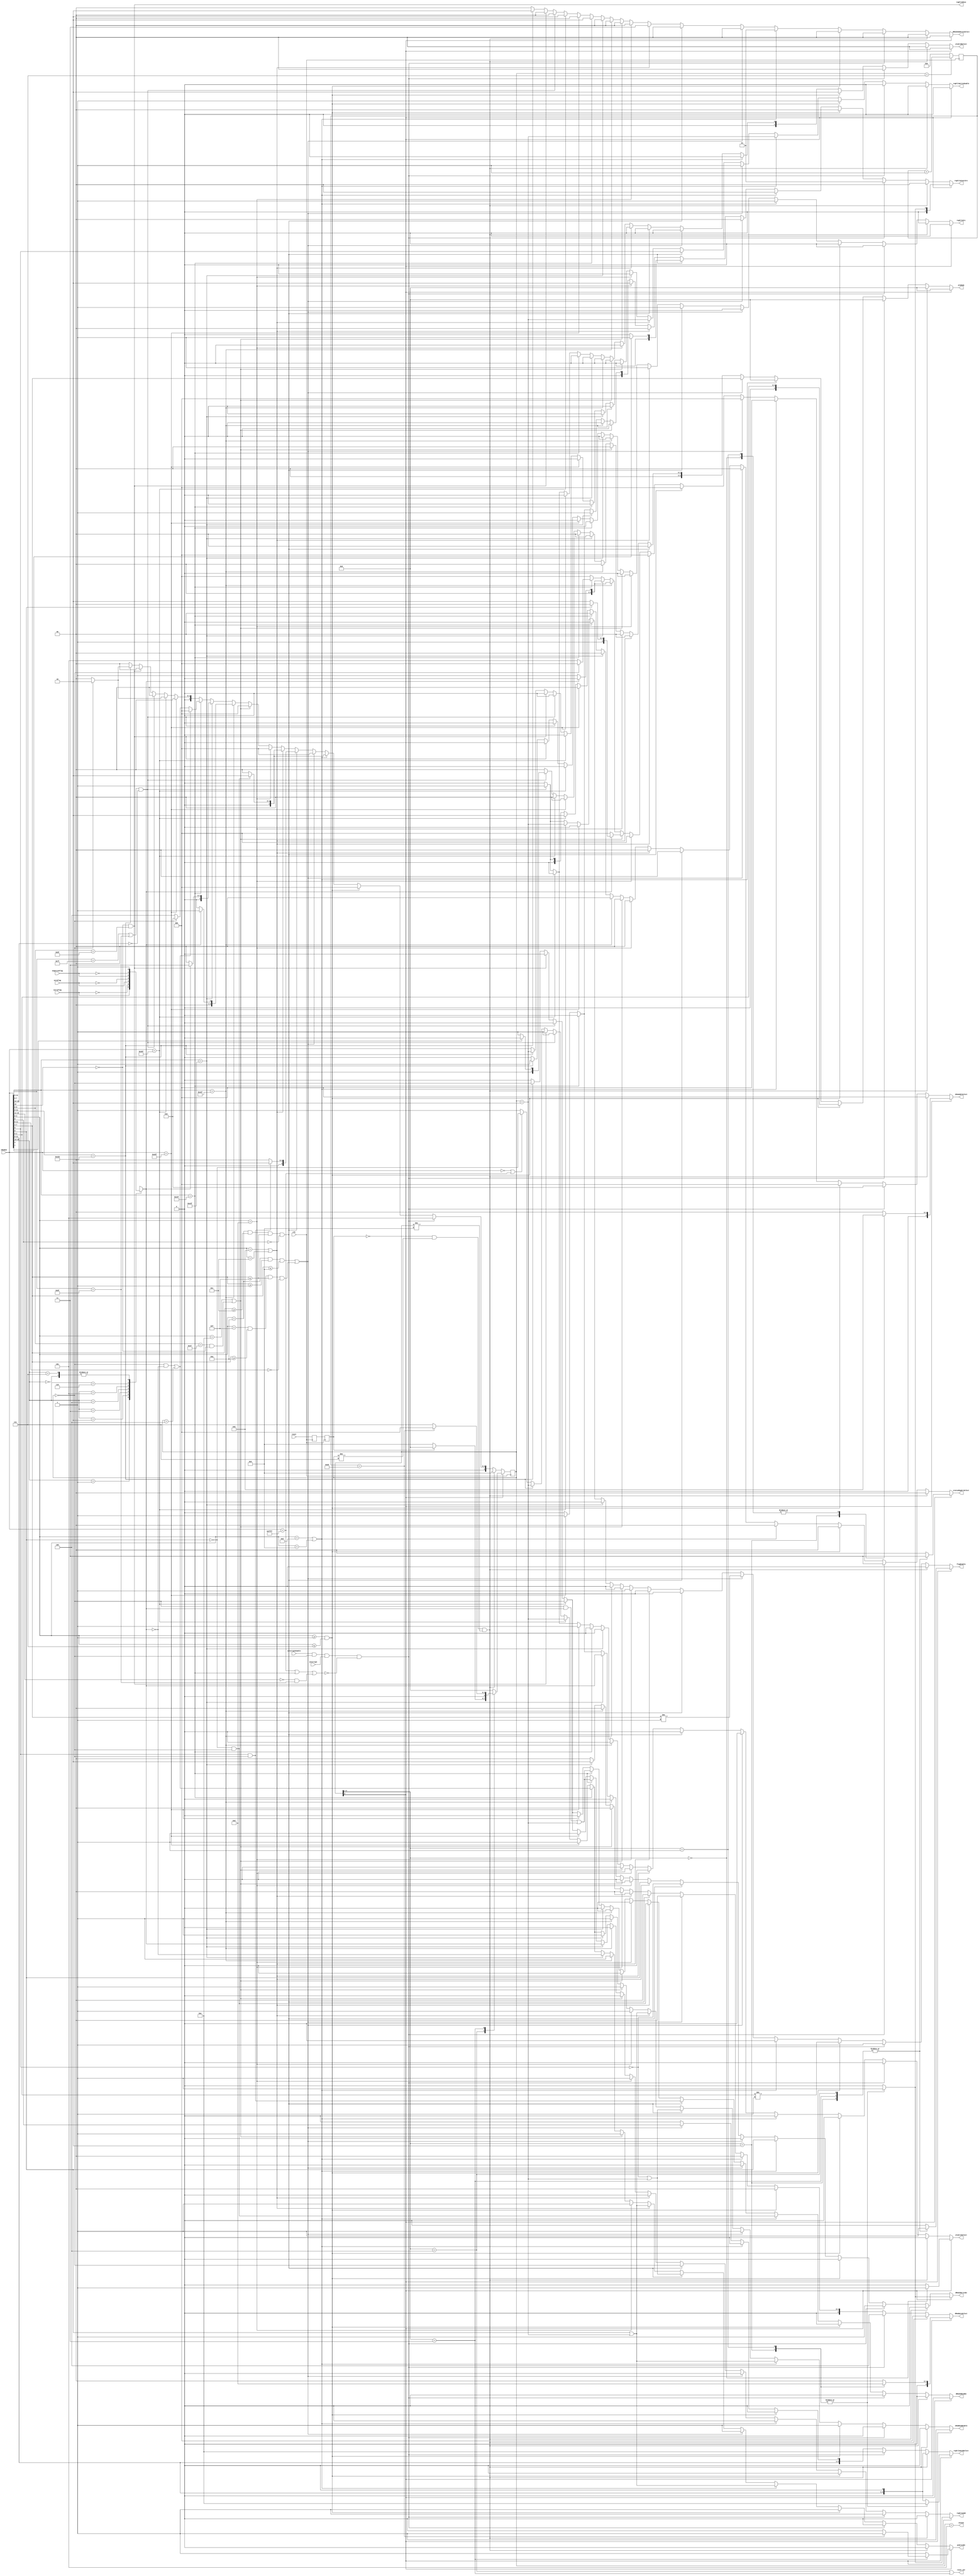
module control(input wire clk,
               input wire reset,
               input wire [15:0] iMemOut,
               input wire carryFlag,
               input wire zeroFlag,
               input wire negativeFlag,
               input wire interruptEnable,
               output reg regFileSrc,
               output reg [3:0] regFileOutBSelect,
               output reg regFileWriteEnable,
               output wire regFileMove,
               output reg regFileAdd,
               output reg [1:0] regFileConstSrc,            
               output reg aluSrcASelect,
               output reg [1:0] aluSrcBSelect,
               output reg [3:0] aluMode,
               output reg [2:0] dMemDataSelect,
               output reg [1:0] dMemIOAddressSelect,
               output reg dMemIOWriteEn,
               output reg dMemIOReadEn,
               output reg [1:0] statusRegSrcSelect,
               output reg flagEnable,
               output reg [2:0] iMemAddrSelect,
               output reg iMemReadEnable,
               output reg pcWriteEn,
               input wire interrupt,
               output wire intAck,
               output wire reset_out
);    
    //****************************************************************************************************
    // States
    localparam PART1 = 4'b0000;           // Part 1 of instruction (may be single or multi-cycle)
    localparam PART2 = 4'b0010;           // Part 2 of generic multi-cycle instruction
    localparam PART3 = 4'b0100;           // Part 3 of generic multi-cycle instruction

    localparam JMP = 4'b0001;             // Fetch address, and perform a jump
    localparam CALL = 4'b0011;            // Fetch address, and perform a call
    localparam INTERRUPT = 4'b0101;       // Push MSBs of return address, and jump to the ISR
    localparam START = 4'b0111;           // Initial state, wait 40 cycles, and fetch first instruction
    localparam RESET = 4'b1001;           // Reset State

    reg [3:0] state = START;
    reg [3:0] nextState;
    always @(posedge clk) begin
        state <= nextState;
    end
    //****************************************************************************************************
    // Reset Control
    reg reset_d0 = 1;
    reg reset_d1 = 1;
    always @(posedge clk) begin
        reset_d0 <= reset;
        reset_d1 <= reset_d0;
    end

    assign reset_out = (state[3:1] == RESET[3:1] || state[3:1] == START[3:1]);
    //****************************************************************************************************
    // Delayed start counter
    reg [5:0] delay = 0;
    always @(posedge clk) begin
        if(state == START) begin
            delay = delay + 1;
        end
        else begin
            delay <= 0;
        end
    end
    //****************************************************************************************************
    // Logic for jmp, call, and ret conditions
    reg condition;
    always @(*) begin
        case(iMemOut[15:13])
        3'b000:    condition = 1'b1;
        3'b001:    condition = (carryFlag);
        3'b010:    condition = (~carryFlag);
        3'b011:    condition = (zeroFlag);
        3'b100:    condition = (~zeroFlag);
        3'b101:    condition = (negativeFlag);
        3'b110:    condition = (~negativeFlag);
        3'b111:    condition = 1'b1;
        endcase 
    end
    //****************************************************************************************************
    // Interrupt control
    assign intAck = (state == INTERRUPT);

    //****************************************************************************************************
    // Main Decoder
    wire R_I_TYPE =   (iMemOut[3:0] >= 4'b001 && iMemOut[3:0] <= 4'b0111);
    wire IO_TYPE =    (iMemOut[3:0] == 4'b1000 || iMemOut[3:0] == 4'b1001);
    wire R_R_TYPE =   (iMemOut[3:0] == 4'b1010 && iMemOut[7:4] >= 4'b0001 && iMemOut[7:4] <= 4'b1001);
    wire R_P_TYPE =   (iMemOut[3:0] == 4'b1010 && iMemOut[7:4] >= 4'b1100 && iMemOut[7:4] <= 4'b1111 && iMemOut[8] == 1'b0);
    wire R_P_K_TYPE = (iMemOut[3:0] == 4'b1011 || iMemOut[3:0] == 4'b1100);
    wire P_I_TYPE =   (iMemOut[3:0] == 4'b1101);
    wire BR_TYPE =    (iMemOut[3:0] == 4'b1110);
    wire R_TYPE =     (iMemOut[3:0] == 4'b1111 && iMemOut[7:4] >= 4'b1010 && iMemOut[7:4] <= 4'b1111 && iMemOut[11:8] == 4'b0000);
    wire JMPI_TYPE =  (iMemOut[8:0] == 9'b0_0001_1111 && iMemOut[12] == 1'b0);
    wire JMP_TYPE =   (iMemOut[12:0] == 13'b0_1110_0010_1111);
    wire CALL_TYPE =  (iMemOut[12:0] == 13'b0_1110_0011_1111);
    wire RET_TYPE =   (iMemOut[12:0] == 13'b0_1110_0100_1111);
    wire PUS_TYPE =   (iMemOut[15:0] == 16'b0000_1110_0101_1111);
    wire POS_TYPE =   (iMemOut[15:0] == 16'b0000_1110_0110_1111);
    wire M_TYPE =     (iMemOut[7:0] == 8'b0111_1111 || iMemOut[7:0] == 8'b1000_1111) && (iMemOut[15:12] == 4'b0000);
    wire P_P_TYPE =   (iMemOut[12] == 1'b0 && iMemOut[8:0] == 9'b0_1001_1111);
    wire POP_TYPE =   (iMemOut[11:0] == 12'b1110_0010_0000);
    wire NOP_TYPE =   (iMemOut[15:0] == 16'b0000_0000_0000_0000);
    wire HLT_TYPE =   (iMemOut[15:0] == 16'b1111_1111_1111_1111);
    //****************************************************************************************************
    // The HLT instruction cannot be interrupted, and neither can the clear status register
    // instruction (CSR), if it is clearing the global interrupt enable flag.
    wire uninterruptible = (HLT_TYPE) || (RET_TYPE) || (iMemOut[15:11] == 4'b0 && iMemOut[7:0] == 8'b10001111);
    //****************************************************************************************************
    assign regFileMove = P_P_TYPE;
    //****************************************************************************************************
    always @(*) begin
        if(state[0] == 1'b0) begin
            if(reset_d1 == 1'b0 && state != START && state != RESET) begin
                regFileSrc = 1'b0;                  // aluOut
                regFileOutBSelect = {iMemOut[11:9],1'b0};  // Doesn't really matter
                regFileWriteEnable = 1'b0;
                regFileAdd = 1'b0;
                regFileConstSrc = 2'b00;
                aluSrcASelect = 1'b0;               // From the register file
                aluSrcBSelect = 2'b00;              // regFileOutB
                aluMode = 4'b0000;                  // Pass A, doesn't matter
                dMemDataSelect = 3'b000;            // aluOut, doesn't matter
                dMemIOAddressSelect = 2'b00;        // {regFileOutC,regFileOutB}, SP
                dMemIOWriteEn = 1'd0;
                dMemIOReadEn = 1'b0;
                statusRegSrcSelect = 2'b00;         // ALU flags out and save interrupt enable status
                flagEnable = 1'b0;
                iMemAddrSelect = 3'b000;            // pcOut, pcPlusOne
                iMemReadEnable = 1'b0;              // Wait till second stage to make the jump
                pcWriteEn = 1'd0;
                nextState = RESET;
            end
            else if(interruptEnable && state == PART1 && interrupt && ~uninterruptible) begin
                regFileSrc = 1'b0;                  // aluOut
                regFileOutBSelect = 4'b1110;        // lower SP reg
                regFileWriteEnable = 1'b0;
                regFileAdd = 1'b1;                  // Need to push to the stack
                regFileConstSrc = 2'b01;            // SP--
                aluSrcASelect = 1'b0;               // From the register file
                aluSrcBSelect = 2'b00;              // regFileOutB
                aluMode = 4'b0000;                  // Pass A, doesn't matter
                dMemDataSelect = 3'b100;            // From LSBs of the current address
                dMemIOAddressSelect = 2'b00;        // {regFileOutC,regFileOutB}, SP
                dMemIOWriteEn = 1'd1;               // Need to push to the stack
                dMemIOReadEn = 1'b0;
                statusRegSrcSelect = 2'b11;         // Disable interrupts and save all other flags
                flagEnable = 1'b1;                  // Disable interrupts
                iMemAddrSelect = 3'b010;            // interruptVector
                iMemReadEnable = 1'b0;              // Wait till second stage to make the jump
                pcWriteEn = 1'd0;
                nextState = INTERRUPT;
            end
            else if(R_I_TYPE) begin
                regFileSrc = 1'b0;                  // aluOut
                regFileOutBSelect = {iMemOut[11:9],1'b0};  // Doesn't really matter
                regFileWriteEnable = 1'b1;
                regFileAdd = 1'b0;
                regFileConstSrc = 2'b00;            // Doesn't matter
                aluSrcASelect = 1'b0;               // From the register file
                aluSrcBSelect = 2'b10;              // From immediate 8-bit data
                aluMode = {1'b0,iMemOut[2:0]};
                dMemDataSelect = 3'b000;            // aluOut, doesn't matter
                dMemIOAddressSelect = 2'b00;        // {regFileOutC,regFileOutB}, doesn't matter
                dMemIOWriteEn = 1'd0;
                dMemIOReadEn = 1'b0;
                statusRegSrcSelect = 2'b00;         // ALU flags out and save interrupt enable status
                flagEnable = (iMemOut[2:0] != 3'b001);  // Don't set flags on LDI
                iMemAddrSelect = 3'b000;            // pcOut, pcPlusOne
                iMemReadEnable = 1'b1;
                pcWriteEn = 1'd1;
                nextState = PART1;
            end
            else if(IO_TYPE) begin
                regFileSrc = 1'b1;                  // dMemIOOut
                regFileOutBSelect = {iMemOut[11:9],1'b0};  // Doesn't really matter.
                regFileWriteEnable = (state == PART2);
                regFileAdd = 1'b0;
                regFileConstSrc = 2'b00;
                aluSrcASelect = 1'b0;               // From the register file
                aluSrcBSelect = 2'b00;              // regFileOutB
                aluMode = 4'b0000;                  // Pass A
                dMemDataSelect = 3'b000;            // aluOut
                dMemIOAddressSelect = 2'b01;        // {8'd0,iMemOut[11:4]};
                dMemIOWriteEn = iMemOut[0];         // If out
                dMemIOReadEn = (~iMemOut[0] && (state == PART1));   // If In and PART1
                statusRegSrcSelect = 2'b00;         // ALU flags out and save interrupt enable status, doesn't matter.
                flagEnable = 1'b0;
                iMemAddrSelect = 3'b000;            // pcOut, pcPlusOne
                iMemReadEnable = (iMemOut[0] || state == PART2);  // If OUT or if IN and PART2
                pcWriteEn = (iMemOut[0] || state == PART2);       // If OUT or if IN and PART2
                nextState = (~iMemOut[0] && (state == PART1)) ? PART2 : PART1;
            end
            else if(R_R_TYPE || R_TYPE) begin
                regFileSrc = 1'b0;                  // aluOut
                regFileOutBSelect = iMemOut[11:8];  // SSSS, or in the case of Type R, just 0000
                regFileWriteEnable = 1'b1;
                regFileAdd = 1'b0;
                regFileConstSrc = 2'b00;
                aluSrcASelect = 1'b0;               // regFileOutA
                aluSrcBSelect = 2'b00;              // regFileOutB
                aluMode = iMemOut[7:4];
                dMemDataSelect = 3'b000;            // aluOut, doesn't really matter
                dMemIOAddressSelect = 2'b00;        // {regFileOutC,regFileOutB}, but doesn't really matter
                dMemIOWriteEn = 1'b0;
                dMemIOReadEn = 1'b0;
                statusRegSrcSelect = 2'b00;         // ALU flags out and save interrupt enable status
                flagEnable = (iMemOut[7:4] != 4'b0001);   // MOV doesn't affect flags
                iMemAddrSelect = 3'b000;            // pcOut
                iMemReadEnable = 1'b1;
                pcWriteEn = 1'b1;
                nextState = PART1;
            end
            else if(R_P_TYPE) begin
                regFileSrc = 1'b1;                  // dMemIOOut
                regFileOutBSelect = {iMemOut[11:9],1'b0};  // PPP0
                regFileWriteEnable = iMemOut[5];    // If Load
                regFileAdd = (state == PART1);
                regFileConstSrc = (iMemOut[4] == 1'b0) ? 2'b00 : 2'b01;
                aluSrcASelect = 1'b0;               // regFileOutA
                aluSrcBSelect = 2'b00;              // regFileOutB, doesn't really matter
                aluMode = 4'b0000;                  // Pass A
                dMemDataSelect = 3'b000;            // aluOut
                dMemIOAddressSelect = 2'b00;        // {regFileOutC,regFileOutB}
                dMemIOWriteEn = ~iMemOut[5];        // If Store
                dMemIOReadEn = (iMemOut[5] && (state == PART1));    // If Load and PART1
                statusRegSrcSelect = 2'b00;         // ALU flags out and save interrupt enable status
                flagEnable = 1'b0;
                iMemAddrSelect = 3'b000;            // pcOut
                iMemReadEnable = (~iMemOut[5] || (state == PART2)); // If Store or PART2 of Load
                pcWriteEn = (~iMemOut[5] || (state == PART2)); // If Store or PART2 of Load
                nextState = (iMemOut[5] && (state == PART1)) ? PART2 : PART1;
            end
            else if(R_P_K_TYPE) begin
                regFileSrc = 1'b1;                  // dMemIOOut
                regFileOutBSelect = {iMemOut[11:9],1'b0};    // PPP0
                regFileWriteEnable = (state == PART2);       // If PART2 of Load
                regFileAdd = 1'b0;
                regFileConstSrc = 2'b00;
                aluSrcASelect = 1'b0;               // regFileOutA
                aluSrcBSelect = 2'b00;              // regFileOutB, doesn't really matter
                aluMode = 4'b0000;                  // Pass A
                dMemDataSelect = 3'b000;            // aluOut
                dMemIOAddressSelect = 2'b11;        // BC pointer + k
                dMemIOWriteEn = iMemOut[0];         // If Store
                dMemIOReadEn = (~iMemOut[0] && (state == PART1));   // If Load and PART1
                statusRegSrcSelect = 2'b00;         // ALU flags out and save interrupt enable status
                flagEnable = 1'b0;
                iMemAddrSelect = 3'b000;            // pcOut
                iMemReadEnable = (iMemOut[0] || (state == PART2));  // If Store or PART2 of Load
                pcWriteEn = (iMemOut[0] || (state == PART2));  // If Store or PART2 of Load
                nextState = (~iMemOut[0] && (state == PART1)) ? PART2 : PART1;
            end
            else if(P_I_TYPE) begin
                regFileSrc = 1'b0;                          // aluOut, doesn't matter
                regFileOutBSelect = {iMemOut[11:9],1'b0};   // PPP0
                regFileWriteEnable = 1'b0;
                regFileAdd = 1'b1;
                regFileConstSrc = 2'b10;
                aluSrcASelect = 1'b0;                       // regFileOutA, doesn't really matter
                aluSrcBSelect = 2'b00;                      // regFileOutB, doesn't really matter
                aluMode = 4'b0000;                          // Pass A, doesn't really matter
                dMemDataSelect = 3'b000;                    // aluOut, doesn't really matter
                dMemIOAddressSelect = 2'b00;                // BC pointer, doesn't really matter
                dMemIOWriteEn = 1'b0;
                dMemIOReadEn = 1'b0;
                statusRegSrcSelect = 2'b00;                 // ALU flags out and save interrupt enable status
                flagEnable = 1'b1;
                iMemAddrSelect = 3'b000;                    // pcOut
                iMemReadEnable = 1'b1;
                pcWriteEn = 1'b1;
                nextState = PART1;
            end
            else if(BR_TYPE || JMPI_TYPE) begin
                regFileSrc = 1'b0;                          // aluOut, doesn't really matter
                regFileOutBSelect = {iMemOut[11:9],1'b0};   // Doesn't matter
                regFileWriteEnable = 1'b0;
                regFileAdd = 1'b0;
                regFileConstSrc = 2'b00;
                aluSrcASelect = 1'b0;                       // regFileOutA, doesn't really matter
                aluSrcBSelect = 2'b00;                      // regFileOutB, doesn't really matter
                aluMode = 4'b0000;                          // Pass A, doesn't really matter
                dMemDataSelect = 3'b000;                    // aluOut, doesn't really matter
                dMemIOAddressSelect = 2'b00;                // {regFileOutC,regFileOutB}
                dMemIOWriteEn = 1'b0;
                dMemIOReadEn = 1'b0;
                statusRegSrcSelect = 2'b00;                 // ALU flags out and save interrupt enable status
                flagEnable = 1'b0;
                iMemAddrSelect = (condition) ? ((~iMemOut[0]) ? 3'b110 : 3'b100) : 3'b000;
                iMemReadEnable = 1'b1;
                pcWriteEn = 1'b1;
                nextState = PART1;
            end
            else if(JMP_TYPE) begin
                regFileSrc = 1'b0;                              // aluOut, doesn't really matter
                regFileOutBSelect = {iMemOut[11:9],1'b0};       // Doesn't matter
                regFileWriteEnable = 1'b0;
                regFileAdd = 1'b0;
                regFileConstSrc = 2'b00;
                aluSrcASelect = 1'b0;                           // regFileOutA, doesn't really matter
                aluSrcBSelect = 2'b00;                          // regFileOutB, doesn't really matter
                aluMode = 4'b0000;                              // Pass A, doesn't really matter
                dMemDataSelect = 3'b000;                        // aluOut, doesn't really matter
                dMemIOAddressSelect = 2'b00;                    // {regFileOutC,regFileOutB}, doesn't really matter
                dMemIOWriteEn = 1'b0;
                dMemIOReadEn = 1'b0;
                statusRegSrcSelect = 2'b00;                     // ALU flags out and save interrupt enable status
                flagEnable = 1'b0;
                iMemAddrSelect = (condition) ? 3'b000 : 3'b001; // ? pcOut : pcPlusOne
                iMemReadEnable = 1'b1;
                pcWriteEn = 1'b1;
                nextState = (condition) ? JMP : PART1;
            end
            else if(CALL_TYPE) begin
                regFileSrc = 1'b0;                  // aluOut, doesn't really matter
                regFileOutBSelect = {iMemOut[11:9],1'b0};  // lower SP reg
                regFileWriteEnable = 1'b0;
                regFileAdd = condition;
                regFileConstSrc = 2'b01;
                aluSrcASelect = 1'b0;               // From the register file, doesn't really matter
                aluSrcBSelect = 2'b00;              // regFileOutB, doesn't really matter
                aluMode = 4'b0000;                  // Pass A, doesn't really matter
                dMemDataSelect = 3'b010;            // From LSBs of the PC + 1
                dMemIOAddressSelect = 2'b00;        // {regFileOutC,regFileOutB}, SP
                dMemIOWriteEn = condition;
                dMemIOReadEn = 1'b0;
                statusRegSrcSelect = 2'b00;         // ALU flags out and save interrupt enable status
                flagEnable = 1'b0;
                iMemAddrSelect = (condition) ? 3'b000 : 3'b001;
                iMemReadEnable = 1'b1;
                pcWriteEn = ~condition;             // Dont write to the PC if condition, because we still need to get the MSBs
                nextState = (condition) ? CALL : PART1;
            end
            else if(RET_TYPE) begin
                regFileSrc = 1'b0;                  // aluOut, doesn't really matter
                regFileOutBSelect = {iMemOut[11:9],1'b0};  // lower SP reg so outputs SP for BC
                regFileWriteEnable = 1'b0;
                regFileAdd = (state == PART1 && condition) || (state == PART2);
                regFileConstSrc = 2'b00;
                aluSrcASelect = 1'b0;               // From the register file
                aluSrcBSelect = 2'b00;              // regFileOutB, doesn't really matter
                aluMode = 4'b0000;                  // Pass A, doesn't really matter
                dMemDataSelect = 3'b000;            // aluOut
                dMemIOAddressSelect = 2'b10;        // {regFileOutC,regFileOutB} + 1, SP + 1
                dMemIOWriteEn = 1'b0;
                dMemIOReadEn = (state == PART1 && condition) || (state == PART2);
                statusRegSrcSelect = 2'b00;         // ALU flags out and save interrupt enable status
                flagEnable = 1'b0;
                iMemAddrSelect = (state == PART1) ? 3'b000 : 3'b101;   // PART1: pcOut, PART2 || PART3: {returnReg,dMemIOOut}
                iMemReadEnable = (state == PART1 && ~condition) || (state == PART3);
                pcWriteEn = (state == PART1 && ~condition) || (state == PART3);
                nextState = ((state == PART1 && ~condition) || (state == PART3)) ? PART1 : ((state == PART1) ? PART2 : PART3);
            end
            else if(PUS_TYPE) begin
                regFileSrc = 1'b0;                  // aluOut, doesn't really matter
                regFileOutBSelect = {iMemOut[11:9],1'b0};  // lower SP reg so outputs SP for BC
                regFileWriteEnable = 1'b0;
                regFileAdd = 1'b1;
                regFileConstSrc = 2'b01;
                aluSrcASelect = 1'b1;               // From zero-extended status register
                aluSrcBSelect = 2'b00;              // regFileOutB, doesn't really matter
                aluMode = 4'b0000;                  // pass A
                dMemDataSelect = 3'b000;            // aluOut
                dMemIOAddressSelect = 2'b00;        // BC pointer
                dMemIOWriteEn = 1'b1;
                dMemIOReadEn = 1'b0;
                statusRegSrcSelect = 2'b00;         // ALU flags out and save interrupt enable status
                flagEnable = 1'b0;
                iMemAddrSelect = 3'b000;            // pcOut
                iMemReadEnable = 1'b1;
                pcWriteEn = 1'b1;
                nextState = PART1;
            end
            else if(POS_TYPE) begin
                regFileSrc = 1'b0;                  // aluOut, doesn't really matter
                regFileOutBSelect = {iMemOut[11:9],1'b0};  // lower SP reg so outputs SP for BC
                regFileWriteEnable = 1'b0;
                regFileAdd = (state == PART1);
                regFileConstSrc = 2'b00;
                aluSrcASelect = 1'b0;               // From register file, doesn't really matter
                aluSrcBSelect = 2'b00;              // regFileOutB, doesn't really matter
                aluMode = 4'b0000;                  // Pass A, doesn't really matter
                dMemDataSelect = 3'b000;            // aluOut, doesn't really matter
                dMemIOAddressSelect = 2'b10;        // {regFileOutC,regFileOutB} + 1
                dMemIOWriteEn = 1'b0;
                dMemIOReadEn = (state == PART1);
                statusRegSrcSelect = 2'b10;         // dMemIOOut[3:0]
                flagEnable = (state == PART2);
                iMemAddrSelect = 3'b000;            // pcOut
                iMemReadEnable = (state == PART2);
                pcWriteEn = (state == PART2);
                nextState = (state == PART1) ? PART2 : PART1;
            end
            else if(M_TYPE) begin
                regFileSrc = 1'b0;                  // aluOut, doesn't really matter
                regFileOutBSelect = {iMemOut[11:9],1'b0};  // Doesn't really matter
                regFileWriteEnable = 1'b0;
                regFileAdd = 1'b0;
                regFileConstSrc = 2'b00;
                aluSrcASelect = 1'b1;               // From zero-extended status register
                aluSrcBSelect = 2'b01;              // {4'd0,iMemOut[11:8]}, immediate 4-bit mask
                aluMode = (~iMemOut[7]) ? 4'b0011 : 4'b0010;
                dMemDataSelect = 3'b000;            // aluOut, doesn't really matter
                dMemIOAddressSelect = 2'b00;        // {regFileOutC,regFileOutB}, doesn't really matter
                dMemIOWriteEn = 1'b0;
                dMemIOReadEn = 1'b0;
                statusRegSrcSelect = 2'b01;         // ALU output
                flagEnable = 1'b1;
                iMemAddrSelect = 3'b000;            // pcOut
                iMemReadEnable = 1'b1;
                pcWriteEn = 1'b1;
                nextState = PART1;
            end
            else if(P_P_TYPE) begin
                regFileSrc = 1'b0;                  // aluOut, doesn't really matter
                regFileOutBSelect = {iMemOut[11:9],1'b0};  // Doesn't really matter
                regFileWriteEnable = 1'b0;
                regFileAdd = 1'b0;
                regFileConstSrc = 2'b00;
                aluSrcASelect = 1'b0;               // regFileOutA, doesn't matter
                aluSrcBSelect = 2'b00;              // regFileOutB, doesn't matter
                aluMode = 4'b0000;                  // Pass A, doesn't really matter
                dMemDataSelect = 3'b000;            // aluOut, doesn't really matter
                dMemIOAddressSelect = 2'b00;        // {regFileOutC,regFileOutB}, doesn't really matter
                dMemIOWriteEn = 1'b0;
                dMemIOReadEn = 1'b0;
                statusRegSrcSelect = 2'b00;         // ALU flags out and save interrupt enable status
                flagEnable = 1'b0;
                iMemAddrSelect = 3'b000;            // pcOut
                iMemReadEnable = 1'b1;
                pcWriteEn = 1'b1;
                nextState = PART1;
            end
            else if(POP_TYPE) begin
                regFileSrc = 1'b1;                  // dMemIOOut
                regFileOutBSelect = {iMemOut[11:9],1'b0}; // lower SP reg
                regFileWriteEnable = (state == PART2);    // Write during PART2
                regFileAdd = (state == PART1);      // Increment during PART1
                regFileConstSrc = 2'b00;
                aluSrcASelect = 1'b0;               // regFileOutA, doesn't matter
                aluSrcBSelect = 2'b00;              // regFileOutB, doesn't matter
                aluMode = 4'b0000;                  // Pass A, doesn't really matter
                dMemDataSelect = 3'b000;            // aluOut, doesn't really matter
                dMemIOAddressSelect = 2'b10;        // {regFileOutC,regFileOutB} + 1
                dMemIOWriteEn = 1'b0;
                dMemIOReadEn = (state == PART1);    // Read during PART1
                statusRegSrcSelect = 2'b00;         // ALU flags out and save interrupt enable status
                flagEnable = 1'b0;
                iMemAddrSelect = 3'b000;            // pcOut
                iMemReadEnable = (state == PART2);
                pcWriteEn = (state == PART2);
                nextState = (state == PART1) ? PART2 : PART1;
            end
            else if(NOP_TYPE || HLT_TYPE) begin
                regFileSrc = 1'b0;                  // aluOut, doesn't really matter
                regFileOutBSelect = {iMemOut[11:9],1'b0};  // Doesn't really matter
                regFileWriteEnable = 1'b0;
                regFileAdd = 1'b0;
                regFileConstSrc = 2'b00;
                aluSrcASelect = 1'b0;               // regFileOutA
                aluSrcBSelect = 2'b00;              // regFileOutB
                aluMode = 4'b0000;                  // Pass A, doesn't really matter
                dMemDataSelect = 3'b000;            // aluOut, doesn't really matter
                dMemIOAddressSelect = 2'b00;        // {regFileOutC,regFileOutB}, doesn't really matter
                dMemIOWriteEn = 1'b0;
                dMemIOReadEn = 1'b0;
                statusRegSrcSelect = 2'b00;         // ALU flags out and save interrupt enable status
                flagEnable = 1'b0;
                iMemAddrSelect = 3'b000;            // pcOut
                iMemReadEnable = ~iMemOut[0];
                pcWriteEn = ~iMemOut[0];
                nextState = PART1;
            end
            else begin
                regFileSrc = 1'b0;                  // aluOut, doesn't really matter
                regFileOutBSelect = {iMemOut[11:9],1'b0};  // Doesn't really matter
                regFileWriteEnable = 1'b0;
                regFileAdd = 1'b0;
                regFileConstSrc = 2'b00;
                aluSrcASelect = 1'b0;               // regFileOutA
                aluSrcBSelect = 2'b00;              // regFileOutB
                aluMode = 4'b0000;                  // Pass A, doesn't really matter
                dMemDataSelect = 3'b000;            // aluOut, doesn't really matter
                dMemIOAddressSelect = 2'b00;        // {regFileOutC,regFileOutB}, doesn't really matter
                dMemIOWriteEn = 1'b0;
                dMemIOReadEn = 1'b0;
                statusRegSrcSelect = 2'b00;         // ALU flags out and save interrupt enable status
                flagEnable = 1'b0;
                iMemAddrSelect = 3'b000;            // pcOut
                iMemReadEnable = 1'b1;
                pcWriteEn = 1'b1;
                nextState = PART1;
            end
        end
        else begin
            case(state[3:1])
                RESET[3:1]: begin
                    regFileSrc = 1'b0;                  // aluOut, doesn't really matter
                    regFileOutBSelect = {iMemOut[11:9],1'b0}; // Doesn't really matter
                    regFileWriteEnable = 1'b0;
                    regFileAdd = 1'b0;
                    regFileConstSrc = 2'b00;
                    aluSrcASelect = 1'b0;               // regFileOutA
                    aluSrcBSelect = 2'b00;              // regFileOutB
                    aluMode = 4'b0000;                  // Pass A, doesn't really matter
                    dMemDataSelect = 3'b000;            // aluOut, doesn't really matter
                    dMemIOAddressSelect = 2'b00;        // {regFileOutC,regFileOutB}, doesn't really matter
                    dMemIOWriteEn = 1'b0;
                    dMemIOReadEn = 1'b0;
                    statusRegSrcSelect = 2'b11;         // Disable interrupts and save all other flags
                    flagEnable = 1'b1;
                    iMemAddrSelect = 3'b000;            // pcOut
                    iMemReadEnable = 1'b1;
                    pcWriteEn = 1;
                    nextState = (reset_d1 == 1'd1) ? PART1 : RESET;
                end
                START[3:1]: begin
                    regFileSrc = 1'b0;                         // aluOut, doesn't really matter
                    regFileOutBSelect = {iMemOut[11:9],1'b0};  // Doesn't really matter
                    regFileWriteEnable = 1'b0;
                    regFileAdd = 1'b0;
                    regFileConstSrc = 2'b00;
                    aluSrcASelect = 1'b0;               // regFileOutA
                    aluSrcBSelect = 2'b00;              // regFileOutB
                    aluMode = 4'b0000;                  // Pass A, doesn't really matter
                    dMemDataSelect = 3'b000;            // aluOut, doesn't really matter
                    dMemIOAddressSelect = 2'b00;        // {regFileOutC,regFileOutB}, doesn't really matter
                    dMemIOWriteEn = 1'b0;
                    dMemIOReadEn = 1'b0;
                    statusRegSrcSelect = 2'b11;         // Disable interrupts and save all other flags
                    flagEnable = 1'b1;
                    iMemAddrSelect = 3'b000;            // pcOut
                    iMemReadEnable = 1'b1;
                    pcWriteEn = (delay == 6'd40) ? 1 : 0;
                    nextState = (delay == 6'd40) ? PART1 : START;
                end
                INTERRUPT[3:1]: begin
                    regFileSrc = 1'b0;                  // aluOut
                    regFileOutBSelect = 4'b1110;        // lower SP reg
                    regFileWriteEnable = 1'b0;
                    regFileAdd = 1'b1;                  // SP--
                    regFileConstSrc = 2'b01;            // SP--
                    aluSrcASelect = 1'b0;               // From the register file
                    aluSrcBSelect = 2'b00;              // regFileOutB
                    aluMode = 4'b0000;                  // Pass A
                    dMemDataSelect = 3'b011;            // From MSBs of the current address
                    dMemIOAddressSelect = 2'b00;        // {regFileOutC,regFileOutB}, SP
                    dMemIOWriteEn = 1'd1;               // Need to push to the stack
                    dMemIOReadEn = 1'b0;
                    statusRegSrcSelect = 2'b11;         // Disable interrupts and save all other flags
                    flagEnable = 1'b1;                  // Need to disable interrupts
                    iMemAddrSelect = 3'b010;            // interruptVector
                    iMemReadEnable = 1'b1;
                    pcWriteEn = 1'd1;
                    nextState = PART1;
                end
                JMP[3:1]: begin
                    regFileSrc = 1'b0;                              // aluOut, doesn't really matter
                    regFileOutBSelect = {iMemOut[11:9],1'b0};       // same as inSelect, doesn't matter
                    regFileWriteEnable = 1'b0;
                    regFileAdd = 1'b0;
                    regFileConstSrc = 2'b00;
                    aluSrcASelect = 1'b1;                           // From zero-extended status register
                    aluSrcBSelect = 2'b00;                          // regFileOutB, doesn't really matter
                    aluMode = 4'b0000;                              // Pass B, doesn't really matter
                    dMemDataSelect = 3'b000;                        // aluOut, doesn't really matter
                    dMemIOAddressSelect = 2'b00;                    // {regFileOutC,regFileOutB}, doesn't really matter
                    dMemIOWriteEn = 1'b0;
                    dMemIOReadEn = 1'b0;
                    statusRegSrcSelect = 2'b00;                     // ALU flags out and save interrupt enable status
                    flagEnable = 1'b0;
                    iMemAddrSelect = 3'b011;                        // iMemOut
                    iMemReadEnable = 1'b1;
                    pcWriteEn = 1'b1;
                    nextState = PART1;
                end
                CALL[3:1]: begin
                    regFileSrc = 1'b0;                  // aluOut, doesn't really matter
                    regFileOutBSelect = 4'b1110;        // lower SP reg
                    regFileWriteEnable = 1'b0;
                    regFileAdd = 1'b1;
                    regFileConstSrc = 2'b01;            // Deincrement the SP
                    aluSrcASelect = 1'b0;               // From the register file, doesn't really matter
                    aluSrcBSelect = 2'b00;              // regFileOutB, doesn't really matter
                    aluMode = 4'b0000;                  // Pass B, doesn't really matter
                    dMemIOAddressSelect = 2'b00;        // {regFileOutC,regFileOutB}, SP
                    dMemIOReadEn = 1'b0;
                    statusRegSrcSelect = 2'b00;     // ALU flags out and save interrupt enable status
                    flagEnable = 1'b0;
                    dMemDataSelect = 3'b001;        // From MSBs of the PC + 1
                    iMemReadEnable = 1'b1;          // read the instruction at the address we call to
                    dMemIOWriteEn = 1'b1;           // Write the MSBs of the PC to the stack
                    iMemAddrSelect = 3'b011;        // iMemOut, the address of the place we call to
                    pcWriteEn = 1'b1;
                    nextState = PART1;
                end
                default begin
                    regFileSrc = 1'b0;                  // aluOut, doesn't really matter
                    regFileOutBSelect = {iMemOut[11:9],1'b0};  // Doesn't really matter
                    regFileWriteEnable = 1'b0;
                    regFileAdd = 1'b0;
                    regFileConstSrc = 2'b00;
                    aluSrcASelect = 1'b0;               // regFileOutA
                    aluSrcBSelect = 2'b00;              // regFileOutB
                    aluMode = 4'b0000;                  // Pass B, doesn't really matter
                    dMemDataSelect = 3'b000;            // aluOut, doesn't really matter
                    dMemIOAddressSelect = 2'b00;        // {regFileOutC,regFileOutB}, doesn't really matter
                    dMemIOWriteEn = 1'b0;
                    dMemIOReadEn = 1'b0;
                    statusRegSrcSelect = 2'b00;         // ALU flags out and save interrupt enable status
                    flagEnable = 1'b0;
                    iMemAddrSelect = 3'b000;            // pcOut
                    iMemReadEnable = 1'b1;
                    pcWriteEn = 1'b1;
                    nextState = PART1;
                end
            endcase
        end
    end
endmodule